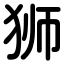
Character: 狮